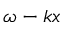
\omega - k x